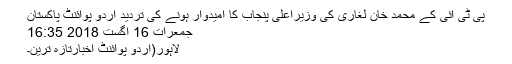
پی ٹی آئی کے محمد خان لغاری کی وزیراعلیٰ پنجاب کا امیدوار ہونے کی تردید اُردو پوائنٹ پاکستان
جمعرات 16 اگست 2018 16:35
لاہور(اُردو پوائنٹ اخبارتازہ ترین۔